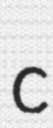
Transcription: c